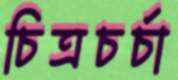
চিত্রচর্চা